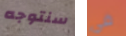
سنتوجه في